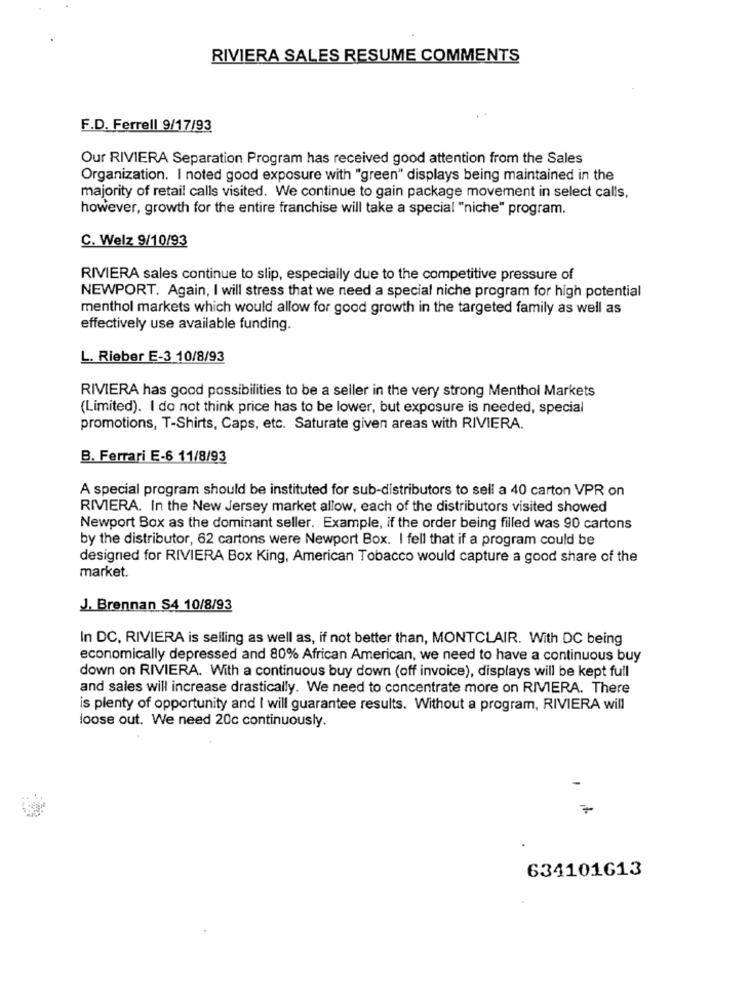
RIVIERA SALES RESUME COMMENTS
F.D. Ferrell 9/17/93
Our RIVIERA Separation Program has received good attention from the Sales
Organization. I noted good exposure with "green" displays being maintained in the
majority of retail calls visited. We continue to gain package movement in select calls,
however, growth for the entire franchise will take a special "niche" program.
C. Welz 9/10/93
RIVIERA sales continue to slip, especially due to the competitive pressure of
NEWPORT. Again, I will stress that we need a special niche program for high potential
menthol markets which would allow for good growth in the targeted family as well as
effectively use available funding.
L. Rieber E-3 10/8/93
RIVIERA has good possibilities to be a seller in the very strong Menthol Markets
(Limited). I do not think price has to be lower, but exposure is needed, special
promotions, T-Shirts, Caps, etc. Saturate given areas with RIVIERA.
B. Ferrari E-6 11/8/93
A special program should be instituted for sub-distributors to sell a 40 carton VPR on
RMERA. In the New Jersey market allow, each of the distributors visited showed
Newport Box as the dominant seller. Example, if the order being filled was 90 cartons
by the distributor, 62 cartons were Newport Box. I fell that if a program could be
designed for RIVIERA Box King, American Tobacco would capture a good share of the
market.
J. Brennan S4 10/8/93
In DC, RIVIERA is selling as well as, if not better than, MONTCLAIR. With DC being
economically depressed and 80% African American, we need to have a continuous buy
down on RIVIERA. With a continuous buy down (off invoice), displays will be kept full
and sales will increase drastically. We need to concentrate more on RIVERA. There
is plenty of opportunity and I will guarantee results. Without a program, RIVIERA will
loose out. We need 20c continuously.
=
634101613